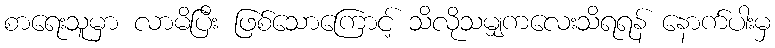
စာရေးသူမှာ လာမိပြီး ဖြစ်သောကြောင့် သိလိုသမျှကလေးသိရရန် နောက်ပါးမှ